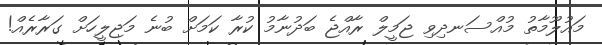
މައުލޫމާތު މުއްސަނދިވި ޖަމީލް ރާއްޖެ ބަދުނާމު ކުރާ ކަމަށް ބުނެ މަޖިލީހަށް ގަރާރެއް!